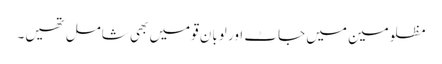
مظلومین میں جاٹ اور لوبان قومیں بھی شامل تھیں۔